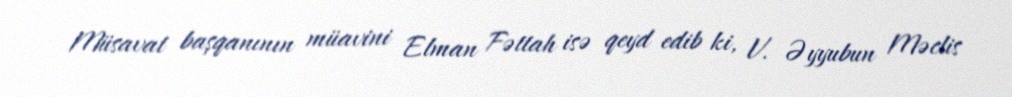
Müsavat başqanının müavini Elman Fəttah isə qeyd edib ki, V. Əyyubun Məclis